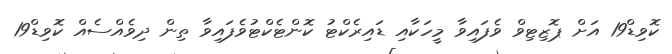
ކޮވިޑް19 އަށް ޕޮޒިޓިވް ވެފައިވާ މީހަކާއި ޑައިރެކްޓު ކޮންޓެކްޓުވެފައިވާ ތިން ދިވެއްސެއް ކޮވިޑް19